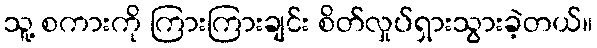
သူ့ စကားကို ကြားကြားချင်း စိတ်လှုပ်ရှားသွားခဲ့တယ်။